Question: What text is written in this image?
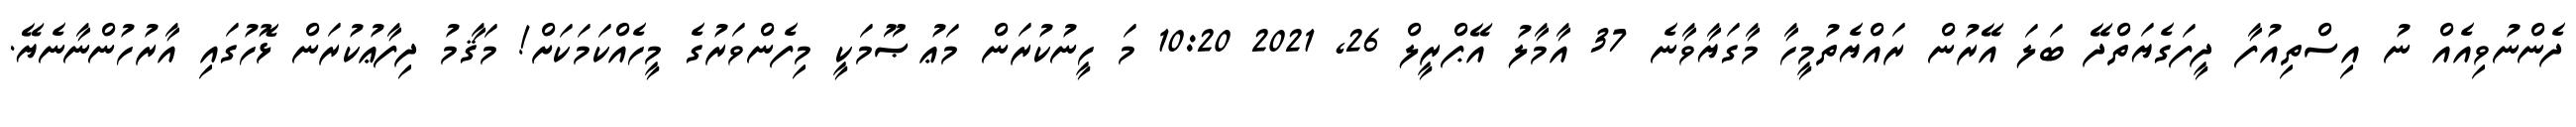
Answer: ދެންނުވިއެއް ނު އިސްތިއުފާ ދީފަގެޔަތްދޭ ބަލަ އޭރުން ރައްޔެތުމީހާ މާގަޔާވާނެ 37 އާމާލު އޭޕްރީލް 26, 2021 10:20 މަ ހީނުކުރަން މަޢުޞޫމަކީ މިފެންވަރުގެ މީހެއްކަމަކަށް! މަޤާމު ދިފާޢުކުރަން ޅޮހުގައި އާރުހުންނާނެޔޭ.